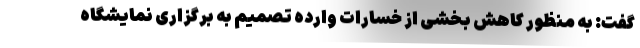
گفت: به منظور کاهش بخشی از خسارات وارده تصمیم به برگزاری نمایشگاه